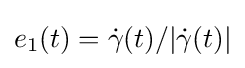
e_{1}(t)={\dot {\gamma }}(t)/|{\dot {\gamma }}(t)|